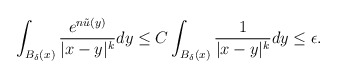
\begin{align*}\int_{B_{\delta}(x)}\frac{e^{n\tilde{u}(y)}}{|x-y|^k}dy\leq C\int_{B_{\delta}(x)}\frac{1}{|x-y|^k}dy\leq \epsilon.\end{align*}